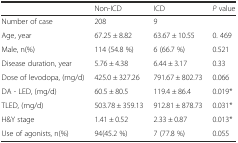
|  | Non-ICD | ICD | P value |
 | --- | --- | --- | --- |
 | Number of case | 208 | 9 |  |
 | Age, year | 67.25 ± 8.82 | 63.67 ± 10.55 | 0. 469 |
 | Male, n(%) | 114 (54.8 %) | 6 (66.7 %) | 0.521 |
 | Disease duration, year | 5.76 ± 4.38 | 6.44 ± 3.17 | 0.33 |
 | Dose of levodopa, (mg/d) | 425.0 ± 327.26 | 791.67 ± 802.73 | 0.066 |
 | DA - LED, (mg/d) | 60.5 ± 80.5 | 119.4 ± 86.4 | 0.019* |
 | TLED, (mg/d) | 503.78 ± 359.13 | 912.81 ± 878.73 | 0.031* |
 | H&Y stage | 1.41 ± 0.52 | 2.33 ± 0.87 | 0.013* |
 | Use of agonists, n(%) | 94(45.2 %) | 7 (77.8 %) | 0.055 |